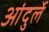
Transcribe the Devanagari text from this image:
आंदुर्ले